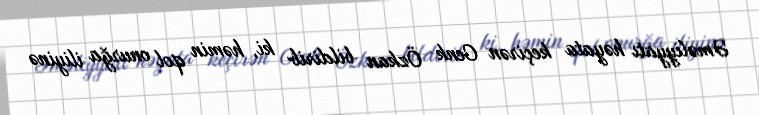
Əməliyyatı həyata keçirən Cenk Özkan bildirib ki, həmin qol onurğa iliyinə